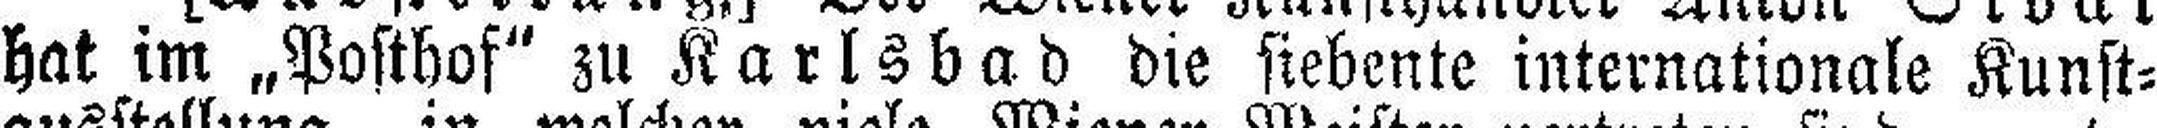
hat im „Posthof“ zu Karlsbad die siebente internationale Kunst¬